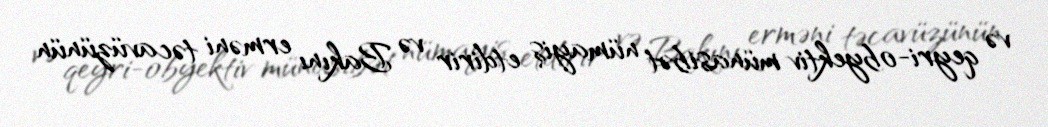
və qeyri-obyektiv münasibət nümayiş etdirir və Bakını erməni təcavüzünün